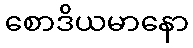
စောဒိယမာနော